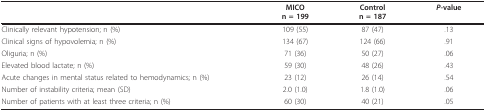
<table><thead><tr><td></td><td><b>MICOn = 199</b></td><td><b>Controln = 187</b></td><td><b><i>P-</i>value</b></td></tr></thead><tbody><tr><td>Clinically relevant hypotension; n (%)</td><td>109 (55)</td><td>87 (47)</td><td>.13</td></tr><tr><td>Clinical signs of hypovolemia; n (%)</td><td>134 (67)</td><td>124 (66)</td><td>.91</td></tr><tr><td>Oliguria; n (%)</td><td>71 (36)</td><td>50 (27)</td><td>.06</td></tr><tr><td>Elevated blood lactate; n (%)</td><td>59 (30)</td><td>48 (26)</td><td>.43</td></tr><tr><td>Acute changes in mental status related to hemodynamics; n (%)</td><td>23 (12)</td><td>26 (14)</td><td>.54</td></tr><tr><td>Number of instability criteria; mean (SD)</td><td>2.0 (1.0)</td><td>1.8 (1.0)</td><td>.06</td></tr><tr><td>Number of patients with at least three criteria; n (%)</td><td>60 (30)</td><td>40 (21)</td><td>.05</td></tr></tbody></table>